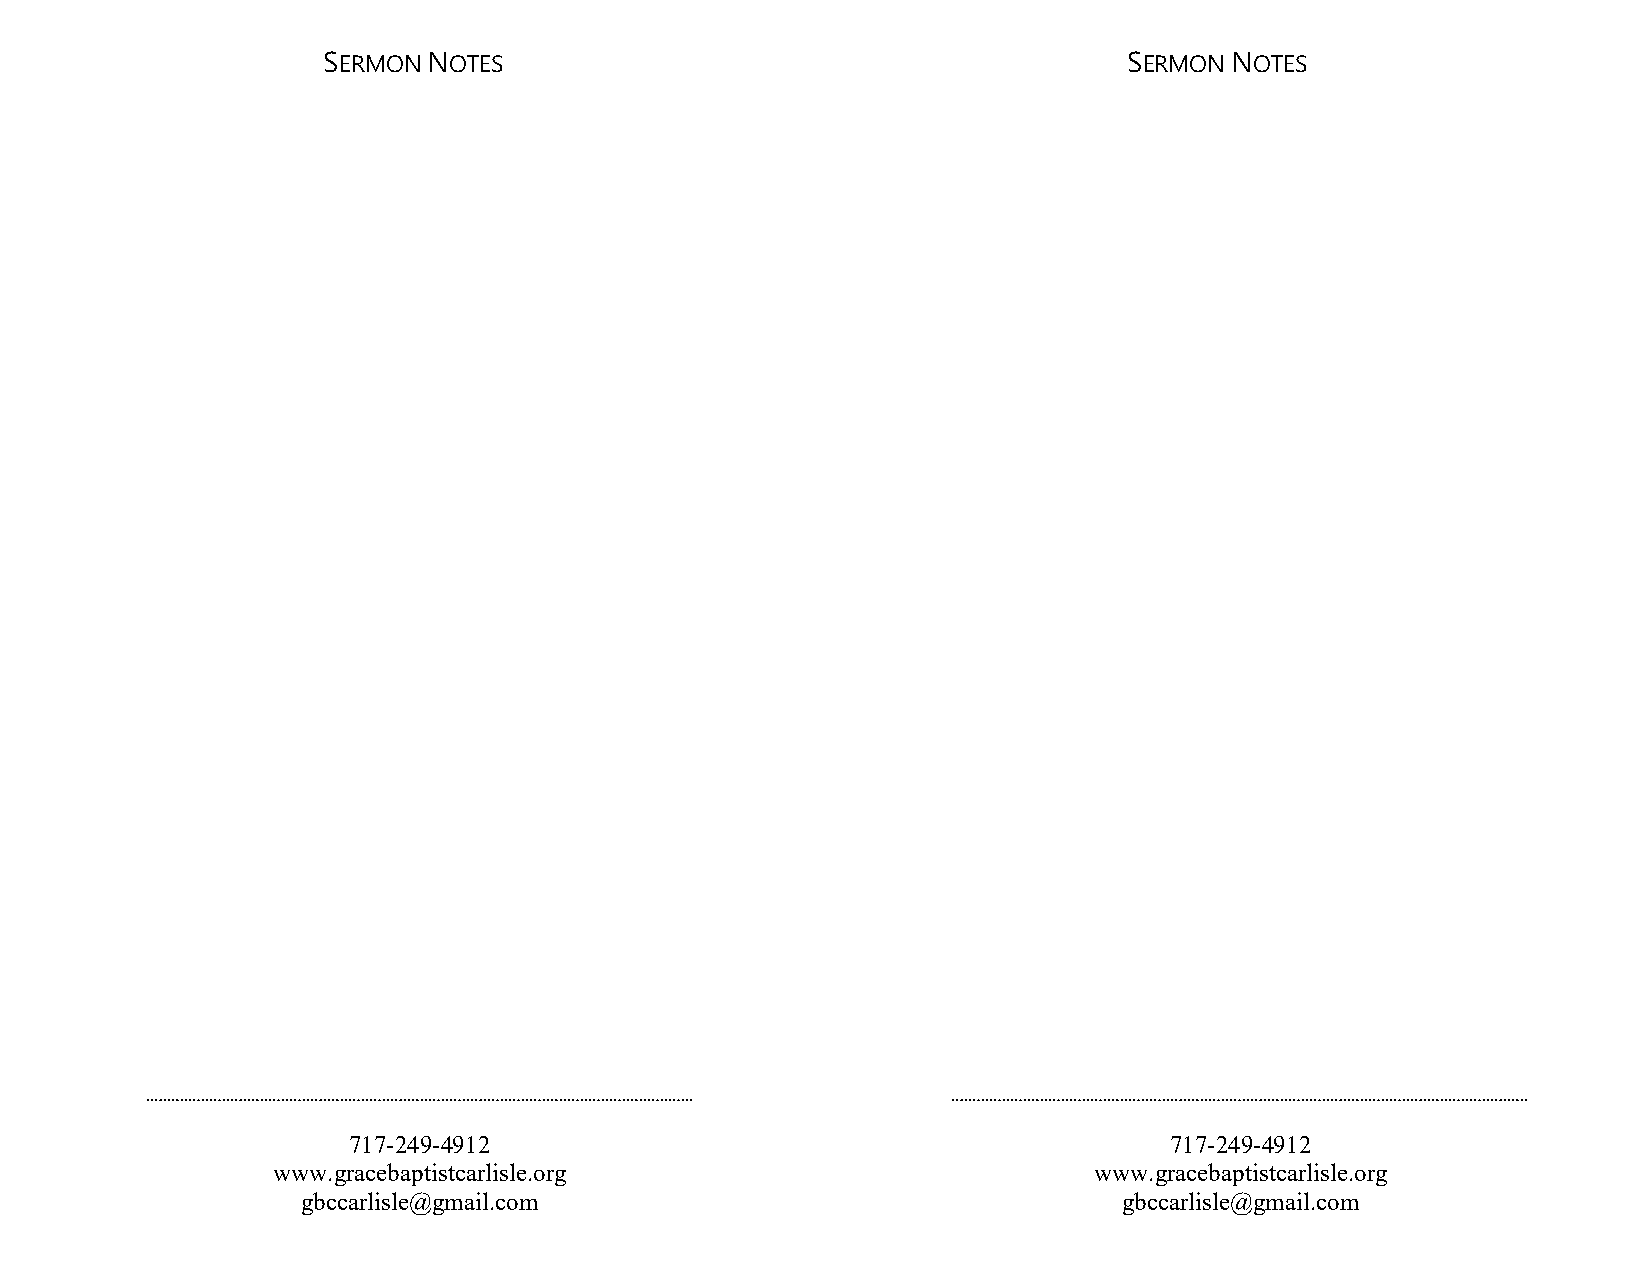
SERMON NOTES                                          SERMON NOTES
 717-249-4912                                          717-249-4912
 www.gracebaptistcarlisle.org                          www.gracebaptistcarlisle.org
 gbccarlisle@gmail.com                                 gbccarlisle@gmail.com